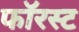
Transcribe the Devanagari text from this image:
फॉरस्ट